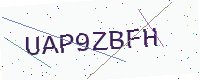
Text: UAP9ZBFH